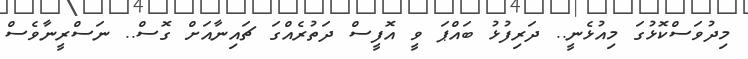
މިދުވަސްކޮޅުގަ މިއުޅެނީ.. ދަރިފުޅު ބައްޕަ ވީ އޮފީސް ދަތުރެއްގަ ޗައިނާއަށް ގޮސް.. ނަސްރީނާވެސް